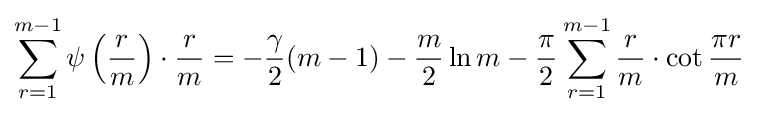
\sum _{r=1}^{m-1}\psi \left({\frac {r}{m}}\right)\cdot {\frac {r}{m}}=-{\frac {\gamma }{2}}(m-1)-{\frac {m}{2}}\ln m-{\frac {\pi }{2}}\sum _{r=1}^{m-1}{\frac {r}{m}}\cdot \cot {\frac {\pi r}{m}}